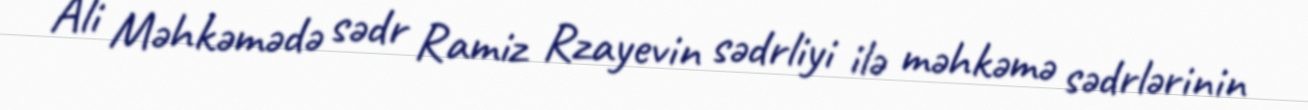
Ali Məhkəmədə sədr Ramiz Rzayevin sədrliyi ilə məhkəmə sədrlərinin